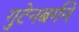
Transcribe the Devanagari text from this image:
गुटेनबर्गने